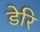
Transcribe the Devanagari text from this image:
डेरि